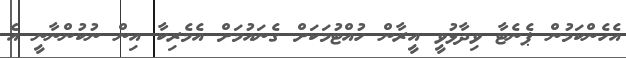
އެހެންކަމުން ޕެނެޓާ ވިދާޅުވީ އީރާން ހުއްޓުމަކަށް ގެނައުމަށް އެމެރިކާ އިން ނުކުންނާނީ އެ